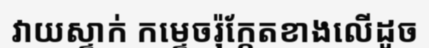
វាយស្ទាក់ កម្ទេចរ៉ុក្កែតខាងលើដូច